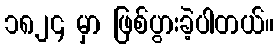
၁၈၂၄ မှာ ဖြစ်ပွားခဲ့ပါတယ်။